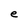
Character: e